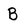
Character: B